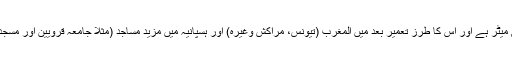
اس مسجد کا رقبہ 900 مربع میٹر ہے اور اس کا طرزِ تعمیر بعد میں المغرب (تیونس، مراکش وغیرہ) اور ہسپانیہ میں مزید مساجد (مثلاً جامعہ قرویین اور مسجد قرطبہ) میں استعمال کیا گیا۔